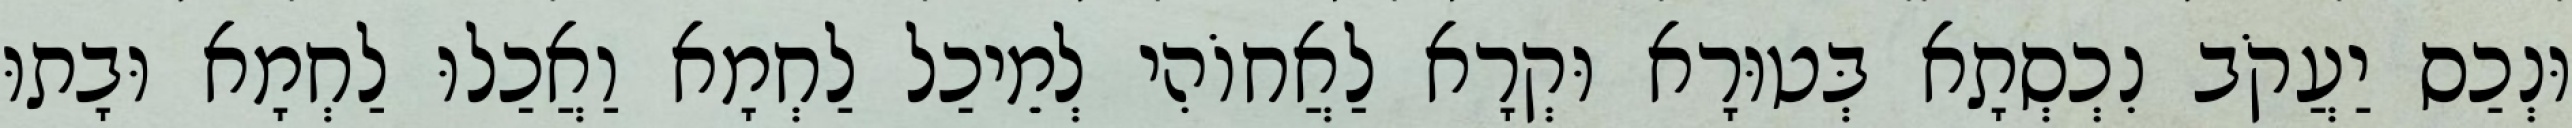
וּנְכַס יַעֲקֹב נִכְסְתָא בְּטוּרָא וּקְרָא לַאֲחוֹהִי לְמֵיכַל לַחְמָא וַאֲכַלוּ לַחְמָא וּבָתוּ